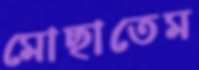
মোছাতেম